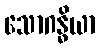
သောဂန္ဓိယာ